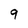
Character: 9